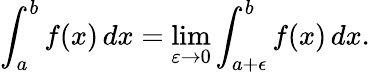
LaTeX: \int_{a}^{b}f(x)\, dx=\operatorname*{lim}_{\varepsilon\to 0}\int_{a+\epsilon}^{b}f(x)\, dx.